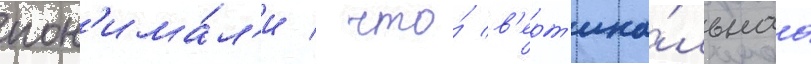
пон'има́л'и / что́ в'ерт'ика́льнаа